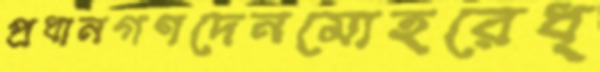
প্রধানগণদেনমোহরেধ্